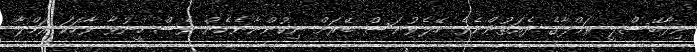
ނިދާބޭސްލީ ރަމްލާގެ ދެއަތުންނެވެ. ހޭލެވުނަސް ބޭރަށް ނިކުންނާނެހެން ވެސް ހީނުވާ ވާހަކަ ރަމްލާ